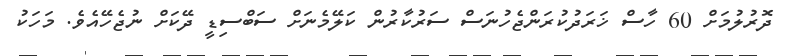
ދޮރުލުމަށް 60 ހާސް ޚަރަދުކުރަންޖެހުނަސް ސަރުކާރުން ކަލޭމެނަށް ސަބްސިޑީ ދޭކަށް ނުޖެހޭއެވެ. މަހަކު